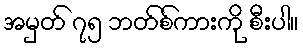
အမှတ် ၇၅ ဘတ်စ်ကားကို စီးပါ။